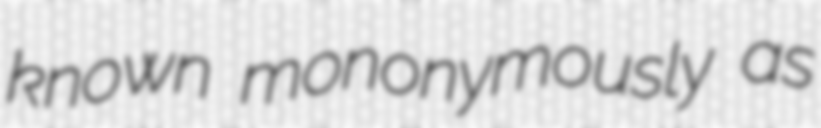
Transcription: known mononymously as